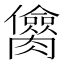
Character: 𰯥